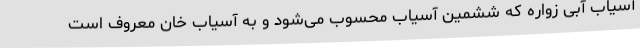
آسیاب آبی زواره که ششمین آسیاب محسوب می‌شود و به آسیاب خان معروف است